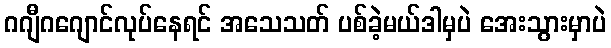
ဂဂျီဂဂျောင်လုပ်နေရင် အသေသတ် ပစ်ခဲ့မယ်ဒါမှပဲ အေးသွားမှာပဲ